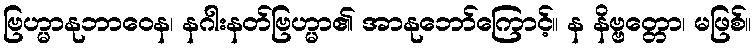
ဗြဟ္မာနုဘာဝေန၊ နဂါးနတ်ဗြဟ္မာ၏ အာနုဘော်ကြောင့်။ န နိဗ္ဗတ္တော၊ မဖြစ်။